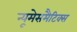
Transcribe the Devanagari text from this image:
न्यूमेसमैटिक्स